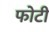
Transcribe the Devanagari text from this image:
फोटी